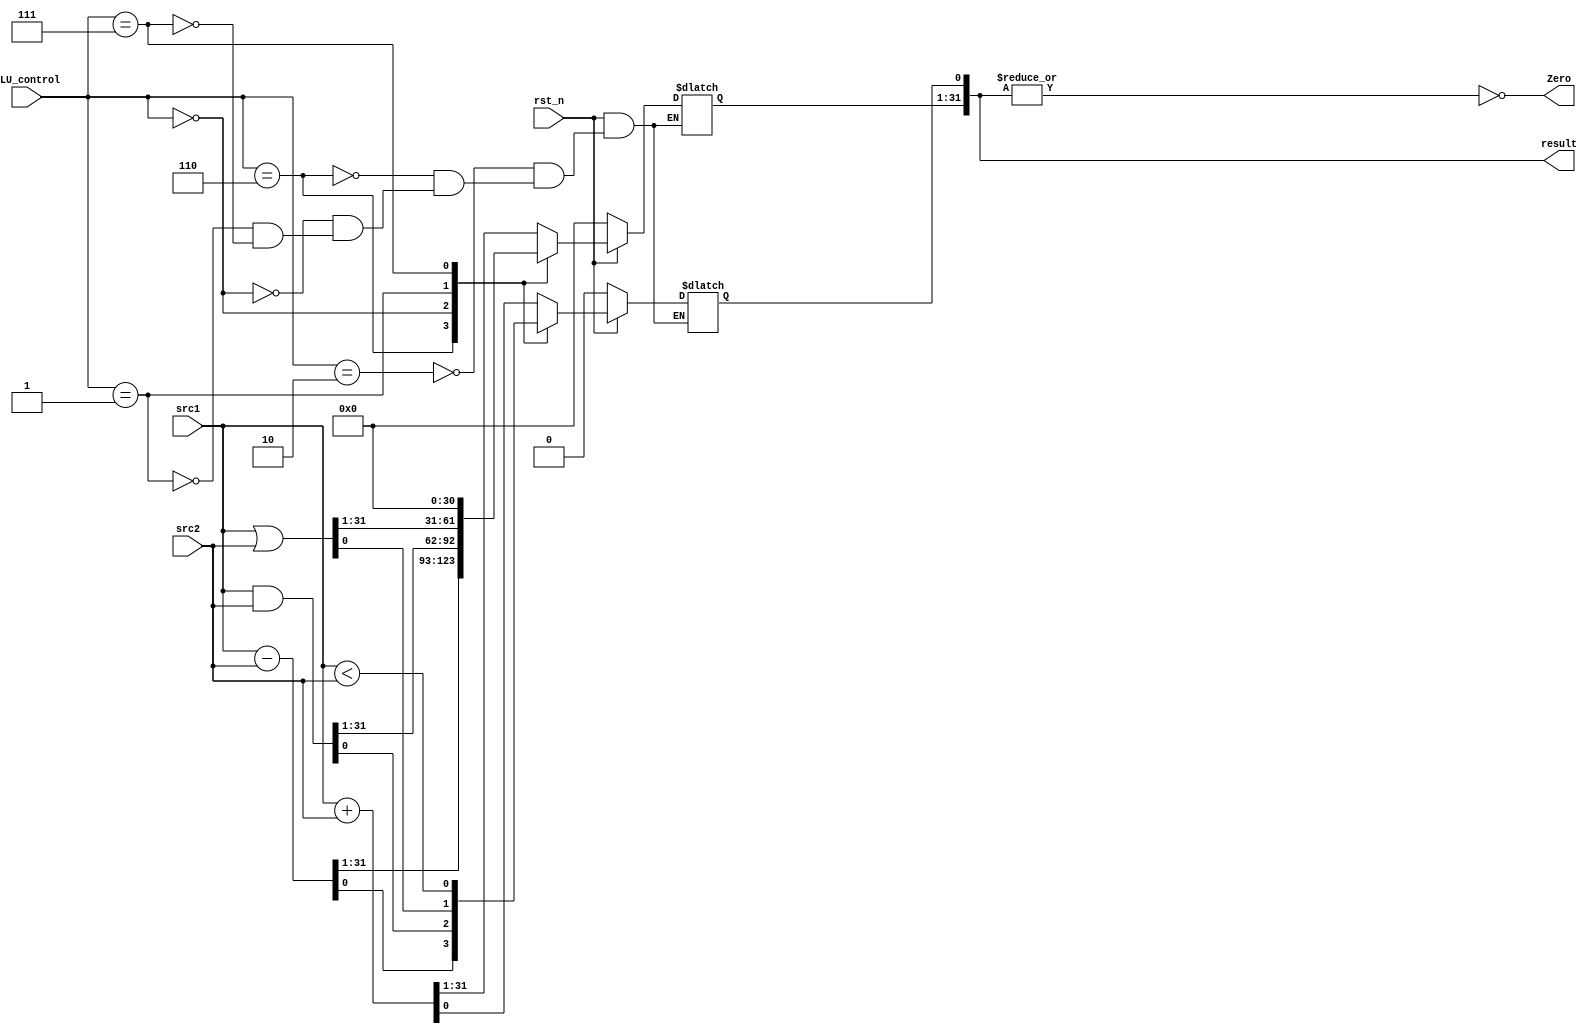
`timescale 1ns/1ps

module alu(
    input                   rst_n,         // negative reset            (input)
    input signed [32-1:0]   src1,          // 32 bits source 1          (input)
    input signed [32-1:0]   src2,          // 32 bits source 2          (input)
    input        [ 4-1:0]   ALU_control,   // 4 bits ALU control input  (input)
    output reg   [32-1:0]   result,        // 32 bits result            (output)
    output                  Zero          // 1 bit when the output is 0, zero must be set (output)
);

assign Zero = ~(|result);

always@(*) begin
	if(~rst_n)
	begin 
		result <= 0;
	end
	else
	begin
		case(ALU_control)
			4'b0010: // add
                result <= src1 + src2;
            4'b0110: // sub
                result <= src1 - src2;
            4'b0000: // and
                result <= src1 & src2;
            4'b0001: // or
                result <= src1 | src2;
            4'b0111: // slt
                begin
                    result[31:1] <= 0;
                    result[0] <= (src1 < src2);
                end
		endcase
	end
end
endmodule